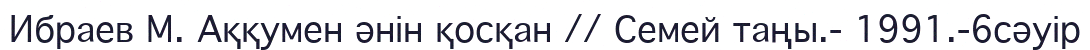
Ибраев М. Аққумен әнін қосқан // Семей таңы.- 1991.-6сәуір